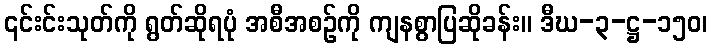
၎င်းင်းသုတ်ကို ရွတ်ဆိုရပုံ အစီအစဉ်ကို ကျနစွာပြဆိုခန်း။ ဒီဃ-၃-ဋ္ဌ-၁၅၀၊